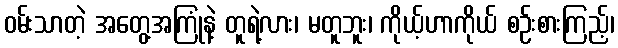
ဝမ်းသာတဲ့ အတွေ့အကြုံနဲ့ တူရဲ့လား၊ မတူဘူး၊ ကိုယ့်ဟာကိုယ် စဉ်းစားကြည့်၊